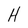
Character: H